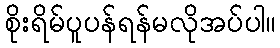
စိုးရိမ်ပူပန်ရန်မလိုအပ်ပါ။